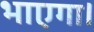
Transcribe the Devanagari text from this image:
भाएगा।